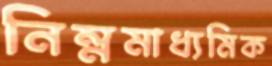
নিম্নমাধ্যমিক